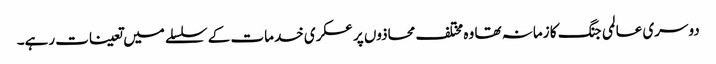
دوسری عالمی جنگ کا زمانہ تھا وہ مختلف محاذوں پر عسکری خدمات کے سلسلے میں تعینات رہے۔